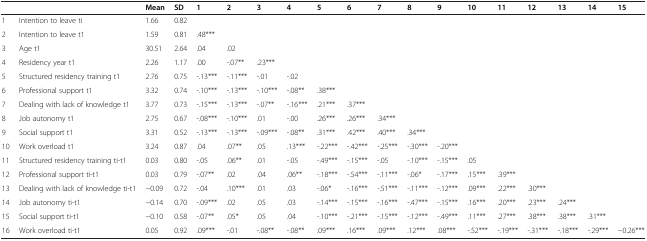
<table><thead><tr><td><b> </b></td><td><b> </b></td><td><b>Mean</b></td><td><b>SD</b></td><td><b>1</b></td><td><b>2</b></td><td><b>3</b></td><td><b>4</b></td><td><b>5</b></td><td><b>6</b></td><td><b>7</b></td><td><b>8</b></td><td><b>9</b></td><td><b>10</b></td><td><b>11</b></td><td><b>12</b></td><td><b>13</b></td><td><b>14</b></td><td><b>15</b></td></tr></thead><tbody><tr><td>1</td><td>Intention to leave ti</td><td>1.66</td><td>0.82</td><td> </td><td> </td><td> </td><td> </td><td> </td><td> </td><td> </td><td> </td><td> </td><td> </td><td> </td><td> </td><td> </td><td> </td><td> </td></tr><tr><td>2</td><td>Intention to leave t1</td><td>1.59</td><td>0.81</td><td>.48***</td><td> </td><td> </td><td> </td><td> </td><td> </td><td> </td><td> </td><td> </td><td> </td><td> </td><td> </td><td> </td><td> </td><td> </td></tr><tr><td>3</td><td>Age t1</td><td>30.51</td><td>2.64</td><td>.04</td><td>.02</td><td> </td><td> </td><td> </td><td> </td><td> </td><td> </td><td> </td><td> </td><td> </td><td> </td><td> </td><td> </td><td> </td></tr><tr><td>4</td><td>Residency year t1</td><td>2.26</td><td>1.17</td><td>.00</td><td>-.07**</td><td>.23***</td><td> </td><td> </td><td> </td><td> </td><td> </td><td> </td><td> </td><td> </td><td> </td><td> </td><td> </td><td> </td></tr><tr><td>5</td><td>Structured residency training t1</td><td>2.76</td><td>0.75</td><td>-.13***</td><td>-.11***</td><td>-.01</td><td>-.02</td><td> </td><td> </td><td> </td><td> </td><td> </td><td> </td><td> </td><td> </td><td> </td><td> </td><td> </td></tr><tr><td>6</td><td>Professional support t1</td><td>3.32</td><td>0.74</td><td>-.10***</td><td>-.13***</td><td>-.10***</td><td>-.08**</td><td>.38***</td><td> </td><td> </td><td> </td><td> </td><td> </td><td> </td><td> </td><td> </td><td> </td><td> </td></tr><tr><td>7</td><td>Dealing with lack of knowledge t1</td><td>3.77</td><td>0.73</td><td>-.15***</td><td>-.13***</td><td>-.07**</td><td>-.16***</td><td>.21***</td><td>.37***</td><td> </td><td> </td><td> </td><td> </td><td> </td><td> </td><td> </td><td> </td><td> </td></tr><tr><td>8</td><td>Job autonomy t1</td><td>2.75</td><td>0.67</td><td>-.08***</td><td>-.10***</td><td>.01</td><td>-.00</td><td>.26***</td><td>.26***</td><td>.34***</td><td> </td><td> </td><td> </td><td> </td><td> </td><td> </td><td> </td><td> </td></tr><tr><td>9</td><td>Social support t1</td><td>3.31</td><td>0.52</td><td>-.13***</td><td>-.13***</td><td>-.09***</td><td>-.08**</td><td>.31***</td><td>.42***</td><td>.40***</td><td>.34***</td><td> </td><td> </td><td> </td><td> </td><td> </td><td> </td><td> </td></tr><tr><td>10</td><td>Work overload t1</td><td>3.24</td><td>0.87</td><td>.04</td><td>.07**</td><td>.05</td><td>.13***</td><td>-.22***</td><td>-.42***</td><td>-.25***</td><td>-.30***</td><td>-.20***</td><td> </td><td> </td><td> </td><td> </td><td> </td><td> </td></tr><tr><td>11</td><td>Structured residency training ti-t1</td><td>0.03</td><td>0.80</td><td>-.05</td><td>.06**</td><td>.01</td><td>-.05</td><td>-.49***</td><td>-.15***</td><td>-.05</td><td>-.10***</td><td>-.15***</td><td>.05</td><td> </td><td> </td><td> </td><td> </td><td> </td></tr><tr><td>12</td><td>Professional support ti-t1</td><td>0.03</td><td>0.79</td><td>-.07**</td><td>.02</td><td>.04</td><td>.06**</td><td>-.18***</td><td>-.54***</td><td>-.11***</td><td>-.06*</td><td>-.17***</td><td>.15***</td><td>.39***</td><td> </td><td> </td><td> </td><td> </td></tr><tr><td>13</td><td>Dealing with lack of knowledge ti-t1</td><td>−0.09</td><td>0.72</td><td>-.04</td><td>.10***</td><td>.01</td><td>.03</td><td>-.06*</td><td>-.16***</td><td>-.51***</td><td>-.11***</td><td>-.12***</td><td>.09***</td><td>.22***</td><td>.30***</td><td> </td><td> </td><td> </td></tr><tr><td>14</td><td>Job autonomy ti-t1</td><td>−0.14</td><td>0.70</td><td>-.09***</td><td>.02</td><td>.05</td><td>.03</td><td>-.14***</td><td>-.15***</td><td>-.16***</td><td>-.47***</td><td>-.15***</td><td>.16***</td><td>.20***</td><td>.23***</td><td>.24***</td><td> </td><td> </td></tr><tr><td>15</td><td>Social support ti-t1</td><td>−0.10</td><td>0.58</td><td>-.07**</td><td>.05*</td><td>.05</td><td>.04</td><td>-.10***</td><td>-.21***</td><td>-.15***</td><td>-.12***</td><td>-.49***</td><td>.11***</td><td>.27***</td><td>.38***</td><td>.38***</td><td>.31***</td><td> </td></tr><tr><td>16</td><td>Work overload ti-t1</td><td>0.05</td><td>0.92</td><td>.09***</td><td>-.01</td><td>-.08**</td><td>-.08**</td><td>.09***</td><td>.16***</td><td>.09***</td><td>.12***</td><td>.08***</td><td>-.52***</td><td>-.19***</td><td>-.31***</td><td>-.18***</td><td>-.29***</td><td>−0.26***</td></tr></tbody></table>